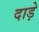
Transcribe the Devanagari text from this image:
दाड़े